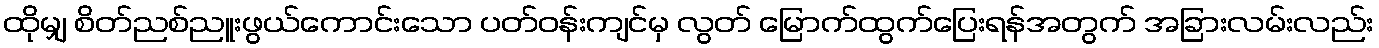
ထိုမျှ စိတ်ညစ်ညူးဖွယ်ကောင်းသော ပတ်ဝန်းကျင်မှ လွတ် မြောက်ထွက်ပြေးရန်အတွက် အခြားလမ်းလည်း